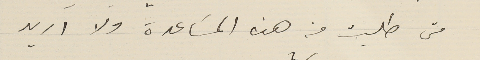
متى طلبت منه هذه المسَاعدة ولا اريد